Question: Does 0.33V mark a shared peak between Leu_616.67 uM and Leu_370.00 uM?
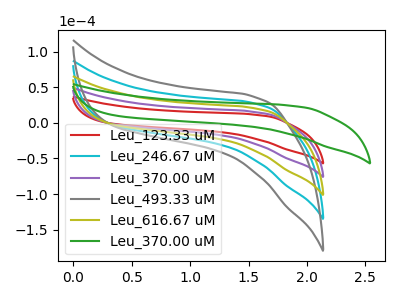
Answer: <think>The red curve "Leu_123.33 uM" has no peaks. The cyan curve "Leu_246.67 uM" has no peaks. The purple curve "Leu_370.00 uM" has no peaks. The gray curve "Leu_493.33 uM" has no peaks. The olive curve "Leu_616.67 uM" has no peaks. The green curve "Leu_370.00 uM" has no peaks.</think>
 <answer>No, "Leu_616.67 uM" and "Leu_370.00 uM" dont share a peak at 0.33V.</answer>
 <eval>mismatch</eval>